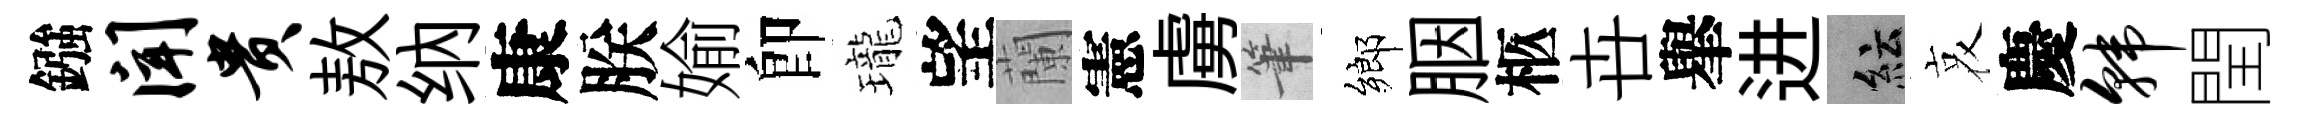
鏹闻贵敖纳康朕媮卽瓏望蘭憲虜筆鄉胭柩卋𦦙进紜哀慶韩閏